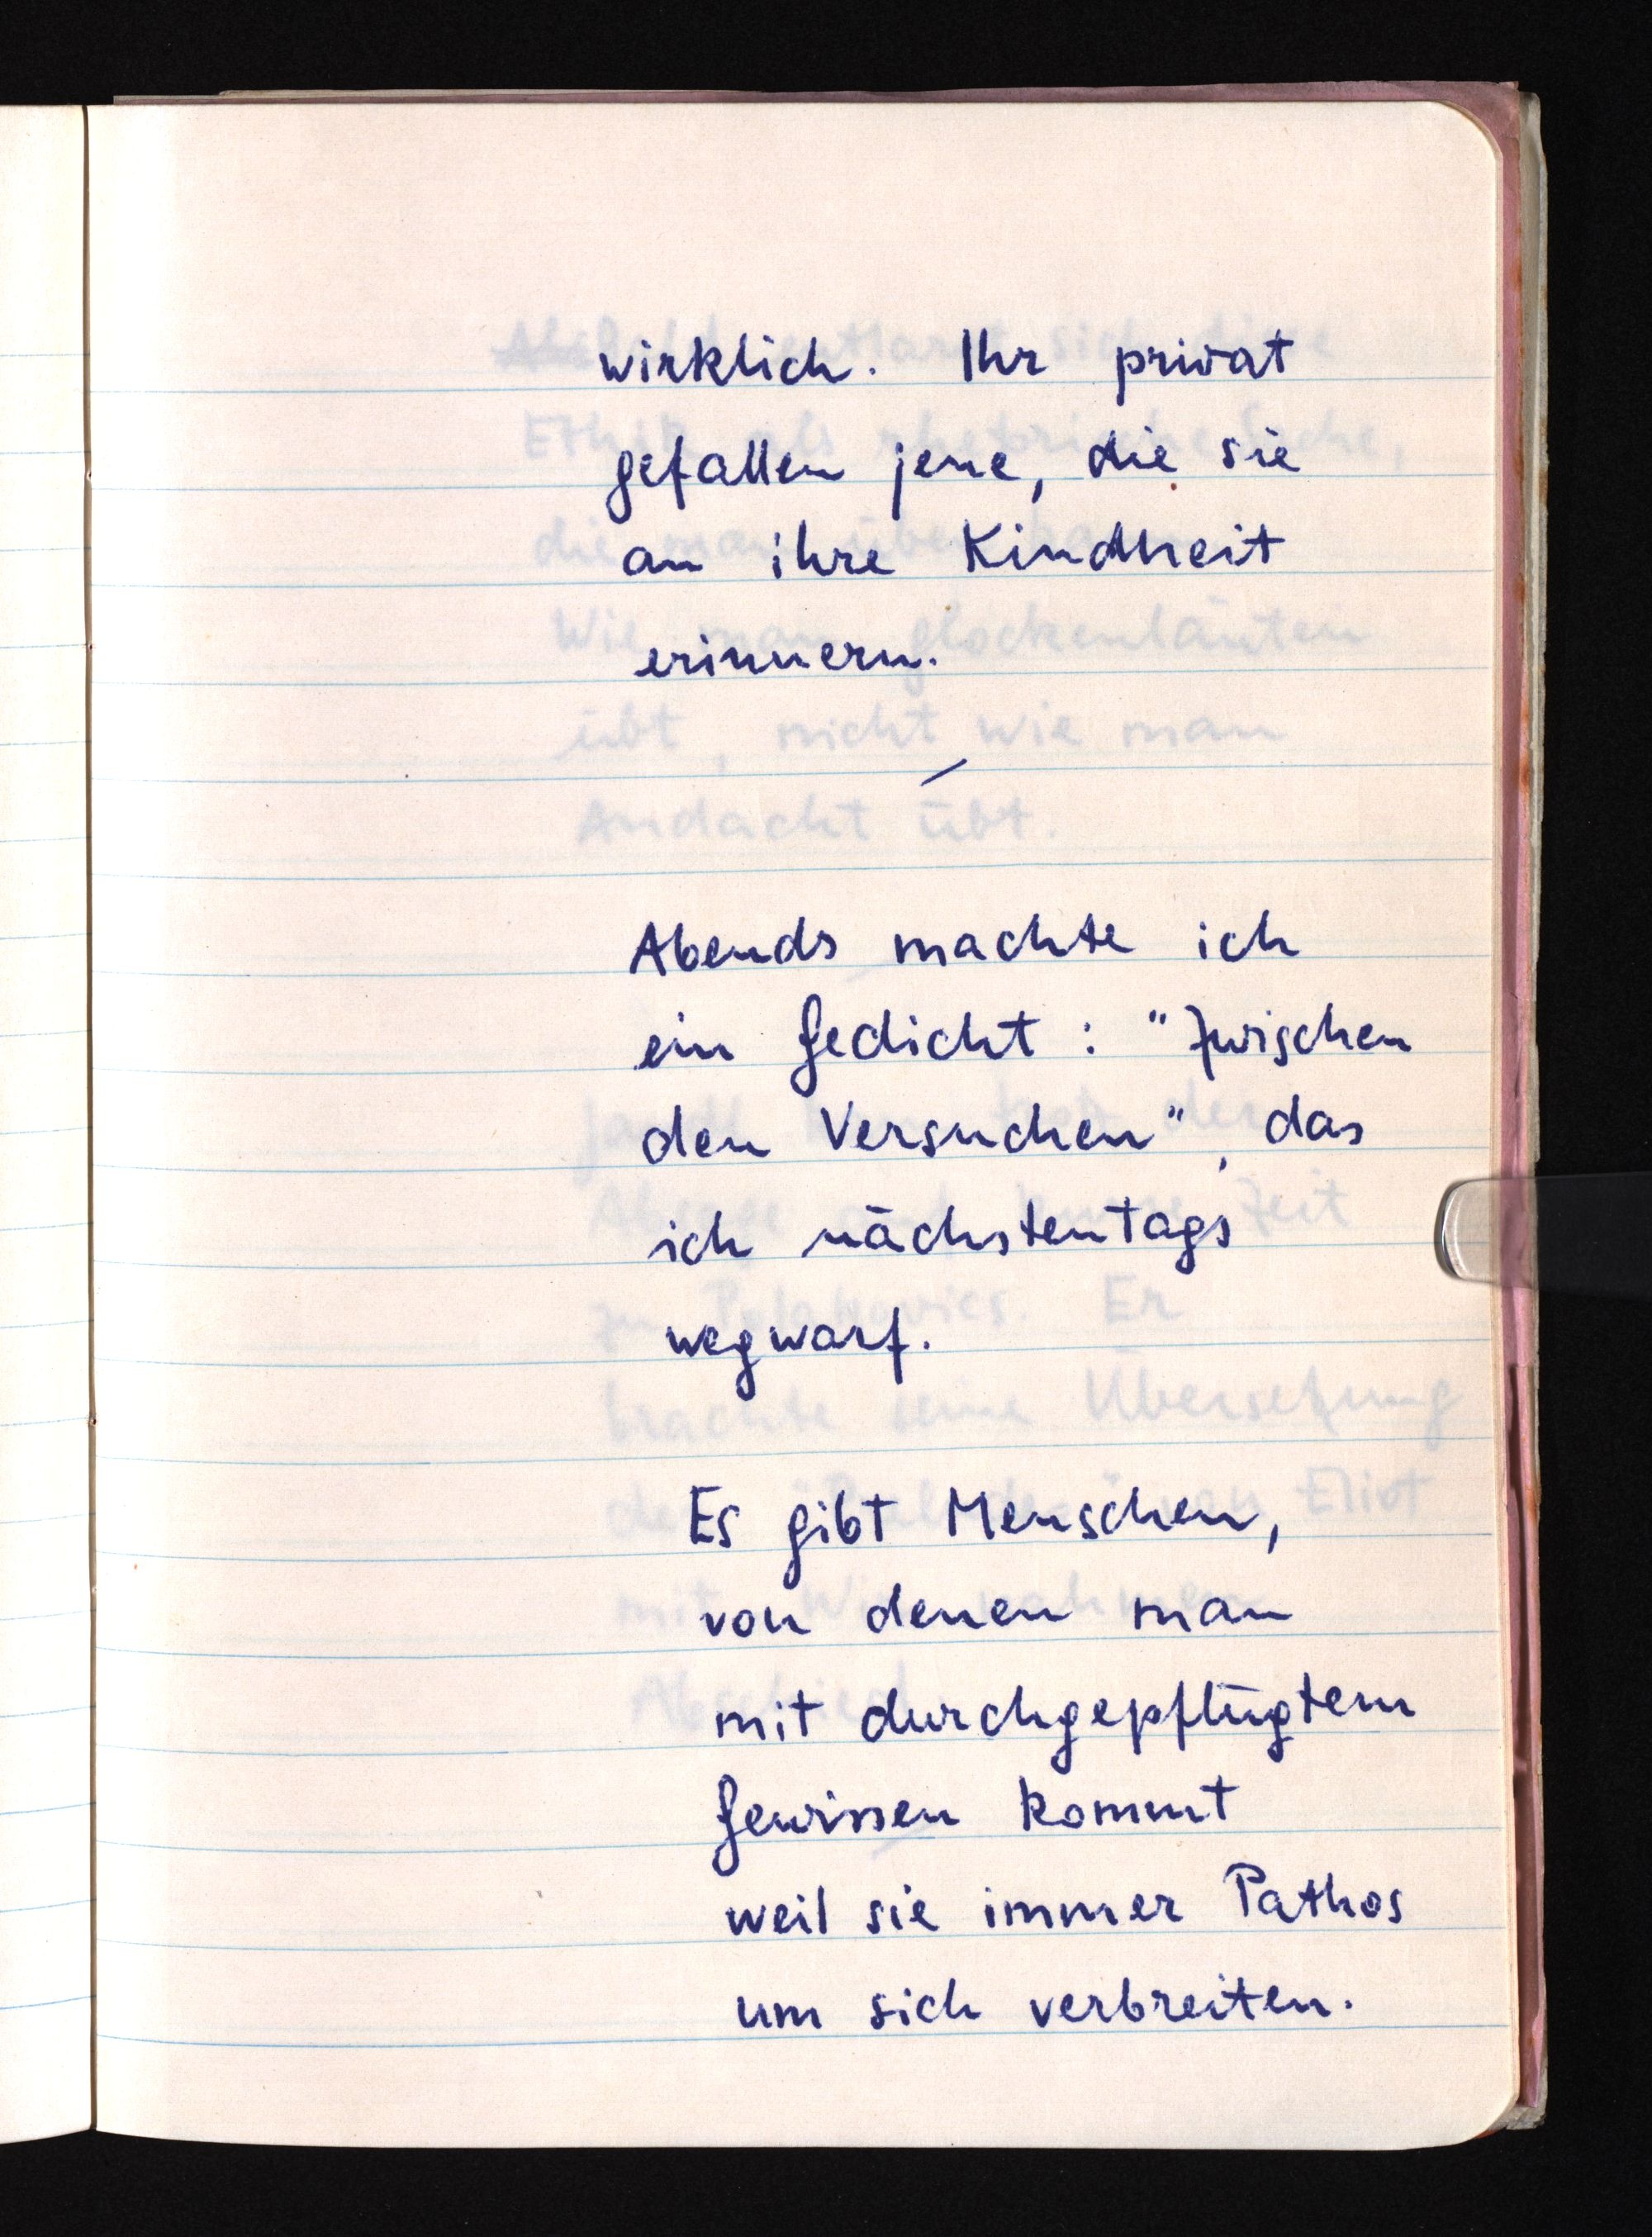
wirklich. Ihr privat
gefallen jene, die sie
an ihre Kindheit
erinnern.
Abends machte ich
ein Gedicht: "Zwischen
den Versuchen", das
ich nächstentags
wegwarf.
Es gibt Menschen,
von denen man
mit durchgepflügtem
Gewissen kommt
weil sie immer Pathos
um sich verbreiten.